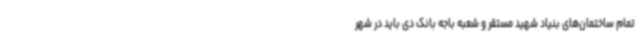
تمام ساختمان‌های بنیاد شهید مستقر و شعبه باجه بانک دی باید در شهر